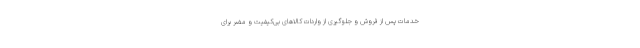
خدمات پس از فروش و جلوگیری از واردات کالاهای بی‌کیفیت و مضر برای